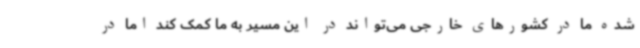
شده ما در کشورهای خارجی می‌تواند در این مسیر به ما کمک کند اما در